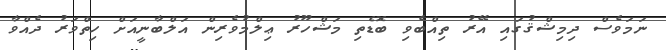
ނަމަވެސް ދިމިޝްޤުގައި އޭރު ތިއްބެވި ބޮޑެތި މަޝްހޫރު ޢިލްމުވެރިން އަލްބާނީއަށް ހިތްވަރު ދެއްވާ